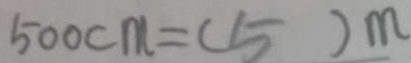
5 0 0 c m = ( 5 ) m